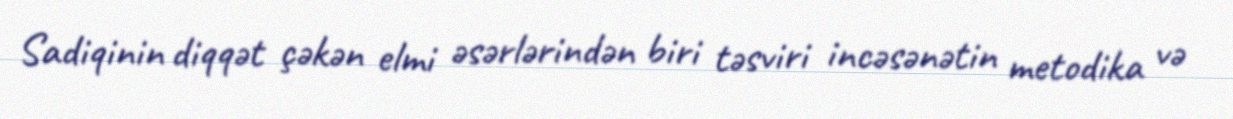
Sadiqinin diqqət çəkən elmi əsərlərindən biri təsviri incəsənətin metodika və